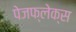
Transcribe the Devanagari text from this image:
पेजफ्लेक्स